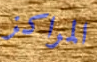
المراكز